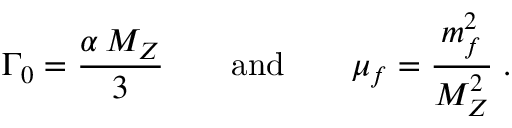
\Gamma _ { 0 } = \frac { \alpha \, M _ { Z } } { 3 } \qquad \mathrm { a n d } \qquad \mu _ { f } = \frac { m _ { f } ^ { 2 } } { M _ { Z } ^ { 2 } } \; .